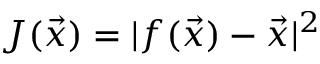
J ( \Vec { x } ) = | f ( \Vec { x } ) - \Vec { x } | ^ { 2 }